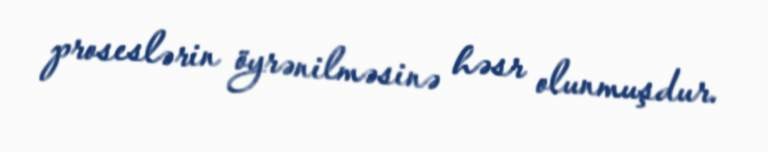
proseslərin öyrənilməsinə həsr olunmuşdur.